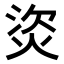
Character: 𤈾